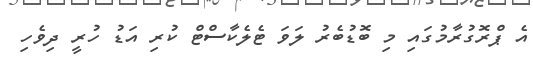
އެ ޕްރޮގުރާމުގައި މި ބޮޑުބެރު ލަވަ ޓެލެކާސްޓް ކުރި އަޑު ހުރީ ދިވެހި